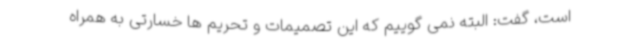
است، گفت: البته نمی گوییم که این تصمیمات و تحریم ها خسارتی به همراه